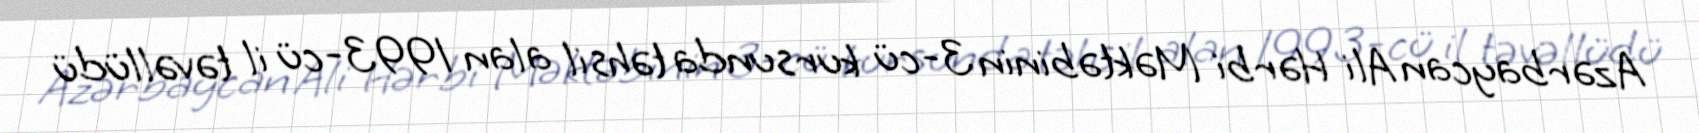
Azərbaycan Ali Hərbi Məktəbinin 3-cü kursunda təhsil alan 1993-cü il təvəllüdü